Leprosy in India: report of the Leprosy Commission in India, 1890-91
Year: 1890
Disease focus: Leprosy
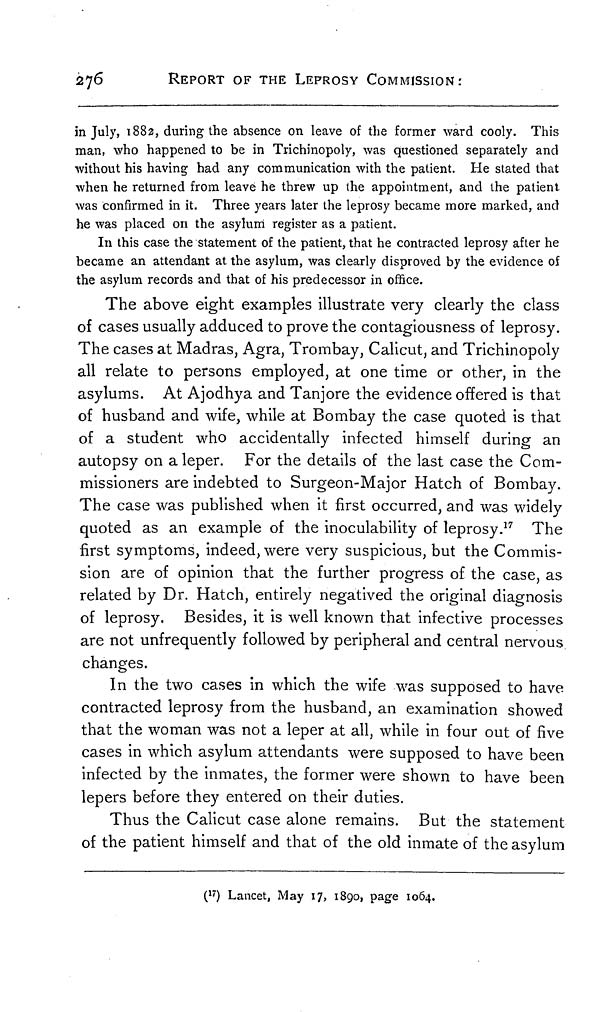
276
REPORT OF THE LEPROSY COMMISSION:
in July, 1882, during the absence on leave of the former ward cooly. This
man, who happened to be in Trichinopoly, was questioned separately and
without his having had any communication with the patient. He stated that
when he returned from leave he threw up the appointment, and the patient
was confirmed in it. Three years later the leprosy became more marked, and
he was placed on the asylum register as a patient.
In this case the statement of the patient, that he contracted leprosy after he
became an attendant at the asylum, was clearly disproved by the evidence of
the asylum records and that of his predecessor in office.
The above eight examples illustrate very clearly the class
of cases usually adduced to prove the contagiousness of leprosy.
The cases at Madras, Agra, Trombay, Calicut, and Trichinopoly
all relate to persons employed, at one time or other, in the
asylums. At Ajodhya and Tanjore the evidence offered is that
of husband and wife, while at Bombay the case quoted is that
of a student who accidentally infected himself during an
autopsy on a leper. For the details of the last case the Com-
missioners are indebted to Surgeon-Major Hatch of Bombay.
The case was published when it first occurred, and was widely
quoted as an example of the inoculability of leprosy. 17 The
first symptoms, indeed, were very suspicious, but the Commis-
sion are of opinion that the further progress of the case, as
related by Dr. Hatch, entirely negatived the original diagnosis
of leprosy. Besides, it is well known that infective processes
are not unfrequently followed by peripheral and central nervous
changes.
In the two cases in which the wife was supposed to have
contracted leprosy from the husband, an examination showed
that the woman was not a leper at all, while in four out of five
cases in which asylum attendants were supposed to have been
infected by the inmates, the former were shown to have been
lepers before they entered on their duties.
Thus the Calicut case alone remains. But the statement
of the patient himself and that of the old inmate of the asylum
( 17 ) Lancet, May 17, 1890, page 1064.